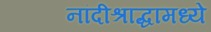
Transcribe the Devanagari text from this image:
नांदीश्राद्धामध्ये